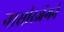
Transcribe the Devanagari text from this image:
नासीरजंगने